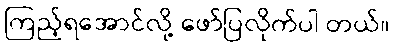
ကြည့်ရအောင်လို့ ဖော်ပြလိုက်ပါ တယ်။